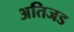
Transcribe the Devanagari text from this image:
अतिजड